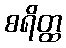
စရိတ္ထ